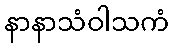
နာနာသံဝါသကံ